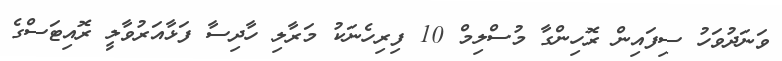
ވަނަދުވަހު ސިފައިން ރޮހިންގާ މުސްލިމް 10 ފިރިހެނަކު މަރާލި ހާދިސާ ފަޅާއަރުވާލީ ރޮއިޓަސްގެ